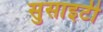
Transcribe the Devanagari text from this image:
सुसाइटी